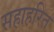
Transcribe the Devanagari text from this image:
सहाहरित